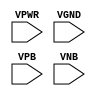
module sky130_fd_sc_hs__fill_diode (
    VPWR,
    VGND,
    VPB ,
    VNB
);

    // Module ports
    input VPWR;
    input VGND;
    input VPB ;
    input VNB ;
     // No contents.
endmodule